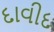
દાવીદ